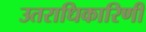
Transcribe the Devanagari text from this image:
उतराधिकारिणी